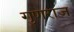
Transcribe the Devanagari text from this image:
गुणराज